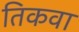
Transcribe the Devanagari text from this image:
तिकवा